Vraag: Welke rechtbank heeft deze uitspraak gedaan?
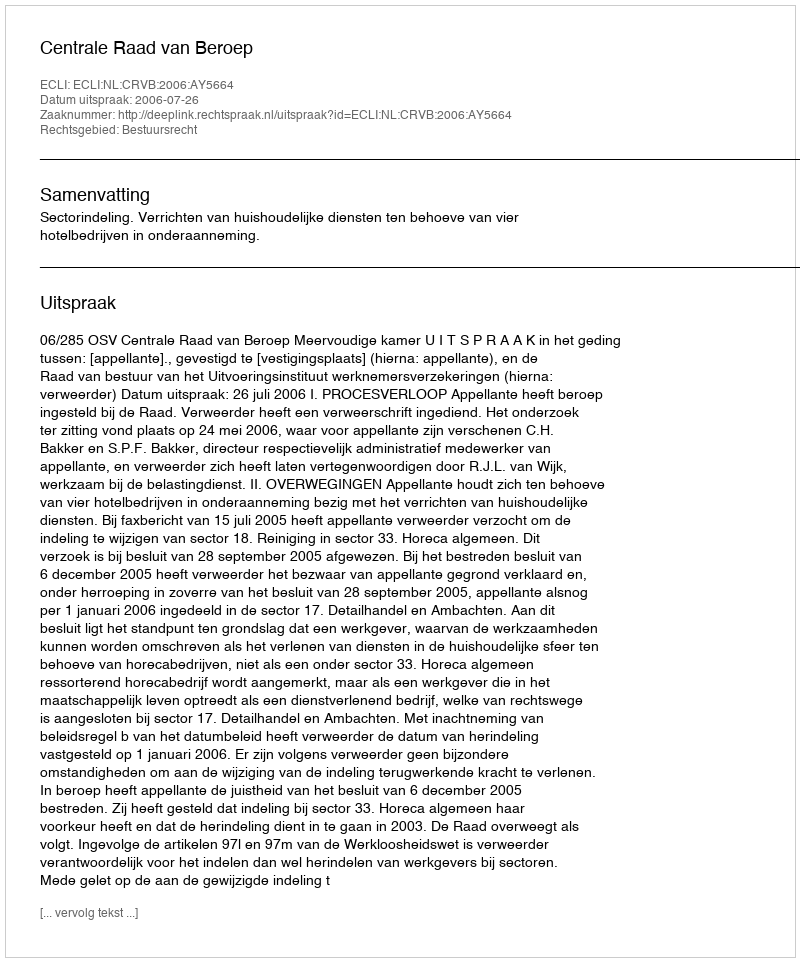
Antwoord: Centrale Raad van Beroep